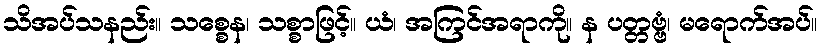
သိအပ်သနည်း။ သစ္စေန၊ သစ္စာဖြင့်။ ယံ၊ အကြင်အရာကို။ န ပတ္တဗ္ဗံ၊ မရောက်အပ်။